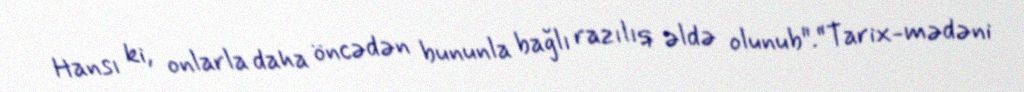
Hansı ki, onlarla daha öncədən bununla bağlı razılıq əldə olunub".“Tarix-mədəni